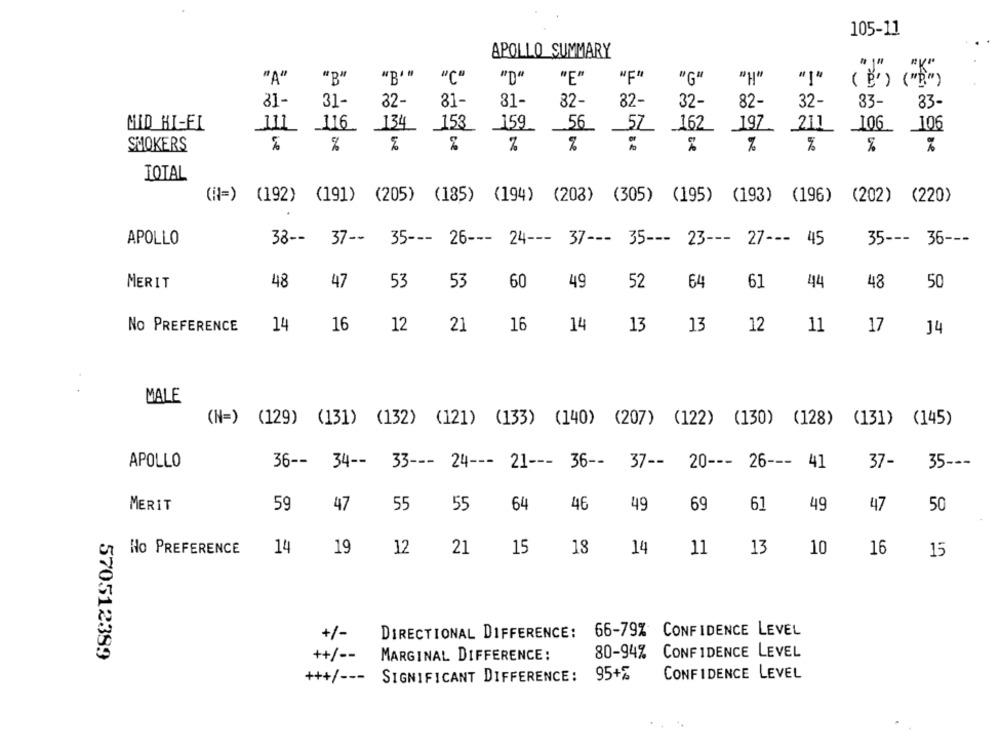
105-11
APOLLO SUMMARY
" J " .
"A"
"B""
"C"
"D"
"E"
"H"
"I"
-
"B"
"G"
31-
31-
32-
81-
31-
82-
32-
32-
82-
32-
33-
33-
MID HI-FI
111 116 134 153
_159
.56
162 197
_211_ 106 106
SMOKERS
%
%
%
%
%
TOTAL
(N=) (192) (191) (205) (185) (194) (208) (305) (195) (193) (196)
(202) (220)
APOLLO
38 -- 37 --
35 ---
35 --- 36 ---
26 --- 24 --- 37 --- 35 --- 23 --- 27 --- 45
MERIT
48
47
53
53
60
49
52
64
61
44
48
50
No PREFERENCE
14
16
12
21
16
14
13
13
12
11
17
14
MALE
(N=) (129) (131) (132) (121) (133) (140) (207) (122) (130) (128)
(131) (145)
APOLLO
36 -- 34 -- 33 --- 24 --- 21 --- 36 -- 37 -- 20 --- 26 --- 41
37-
35 ---
MERIT
59
47
55
55
64
46
49
69
61
49
47
50
Ho PREFERENCE
14
19
12
21
15
18
14
11
13
10
16
15
DIRECTIONAL DIFFERENCE: 66-79% CONFIDENCE LEVEL
+/-
570512389
++/ --
MARGINAL DIFFERENCE:
80-94% CONFIDENCE LEVEL
CONFIDENCE LEVEL
+++/ ---
SIGNIFICANT DIFFERENCE:
95+%